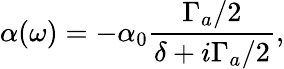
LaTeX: \alpha(\omega)=-\alpha_{0}\frac{\Gamma_{a}/2}{\delta+i\Gamma_{a}/2},